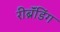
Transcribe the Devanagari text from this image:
रीब्रॅंडिंग